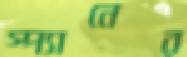
স্প্যানের